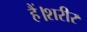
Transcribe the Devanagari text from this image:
हैं।शरीर